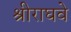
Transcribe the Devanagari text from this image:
श्रीराघवे